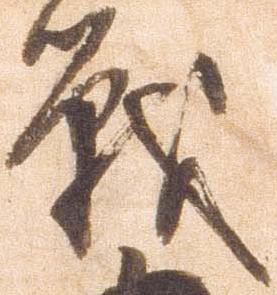
戦